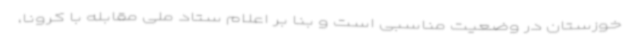
خوزستان در وضعیت مناسبی است و بنا بر اعلام ستاد ملی مقابله با کرونا،